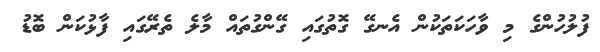
ފުލުހުންގެ މި ވާހަކަތަކުން އެނގޭ ގޮތުގައި ގޭންގުތައް މާލެ ތެރޭގައި ފާޅުކަން ބޮޑު